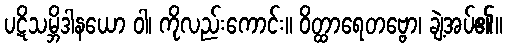
ပဋိသမ္ဘိဒါနယော ဝါ၊ ကိုလည်းကောင်း။ ဝိတ္ထာရေတဗ္ဗော၊ ချဲ့အပ်၏။